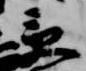
受